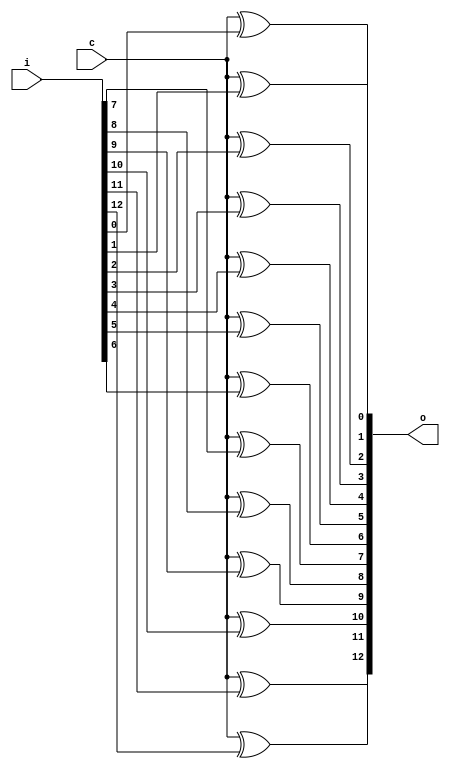
`timescale 1ns / 1ps
/*
* Negates the 13-bit input i if
* c is 1.
* Input: i
* Output: o
*/
module codNeg13 (o, i, c);
input[12:0] i;
input c;
output[12:0] o;
reg[12:0] o;
integer j;
always @ (i or c)
begin
for (j = 0; j < 13; j = j + 1)
begin
o[j] = c ^ i[j];
end
end
endmodule